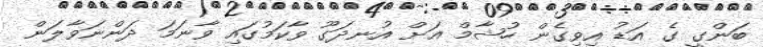
ބަންގީ ގެ އަޑު އިވިގެން ހުޝާމް އަށް އުނދަގޫ ވާކަމުގައި ވާނަމަ ދަންނަވާލަން